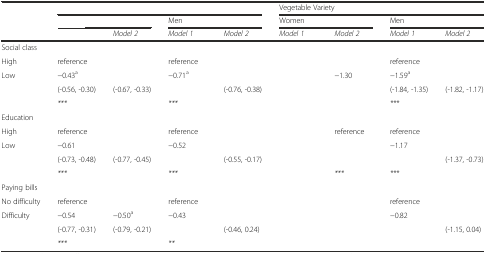
<table><thead><tr><td>[EMPTY_CELL]</td><td colspan="4">[EMPTY_CELL]</td><td colspan="4"><b>Vegetable Variety</b></td></tr><tr><td>[EMPTY_CELL]</td><td colspan="2">[EMPTY_CELL]</td><td colspan="2"><b>Men</b></td><td colspan="2"><b>Women</b></td><td colspan="2"><b>Men</b></td></tr><tr><td>[EMPTY_CELL]</td><td>[EMPTY_CELL]</td><td><b><i>Model 2</i></b></td><td><b><i>Model 1</i></b></td><td><b><i>Model 2</i></b></td><td><b><i>Model 1</i></b></td><td><b><i>Model 2</i></b></td><td><b><i>Model 1</i></b></td><td><b><i>Model 2</i></b></td></tr></thead><tbody><tr><td colspan="9">Social class</td></tr><tr><td>High</td><td>reference</td><td>[EMPTY_CELL]</td><td>reference</td><td>[EMPTY_CELL]</td><td>[EMPTY_CELL]</td><td>[EMPTY_CELL]</td><td>reference</td><td>[EMPTY_CELL]</td></tr><tr><td rowspan="2">Low</td><td>−0.43<sup>a</sup></td><td>[EMPTY_CELL]</td><td>−0.71<sup>a</sup></td><td>[EMPTY_CELL]</td><td>[EMPTY_CELL]</td><td>−1.30</td><td>−1.59<sup>a</sup></td><td>[EMPTY_CELL]</td></tr><tr><td>(-0.56, -0.30)</td><td>(-0.67, -0.33)</td><td>[EMPTY_CELL]</td><td>(-0.76, -0.38)</td><td>[EMPTY_CELL]</td><td>[EMPTY_CELL]</td><td>(-1.84, -1.35)</td><td>(-1.82, -1.17)</td></tr><tr><td>[EMPTY_CELL]</td><td><i>***</i></td><td>[EMPTY_CELL]</td><td><i>***</i></td><td>[EMPTY_CELL]</td><td>[EMPTY_CELL]</td><td>[EMPTY_CELL]</td><td><i>***</i></td><td>[EMPTY_CELL]</td></tr><tr><td colspan="9">Education</td></tr><tr><td>High</td><td>reference</td><td>[EMPTY_CELL]</td><td>reference</td><td>[EMPTY_CELL]</td><td>[EMPTY_CELL]</td><td>reference</td><td>reference</td><td>[EMPTY_CELL]</td></tr><tr><td rowspan="2">Low</td><td>−0.61</td><td>[EMPTY_CELL]</td><td>−0.52</td><td>[EMPTY_CELL]</td><td>[EMPTY_CELL]</td><td>[EMPTY_CELL]</td><td>−1.17</td><td>[EMPTY_CELL]</td></tr><tr><td>(-0.73, -0.48)</td><td>(-0.77, -0.45)</td><td>[EMPTY_CELL]</td><td>(-0.55, -0.17)</td><td>[EMPTY_CELL]</td><td>[EMPTY_CELL]</td><td>[EMPTY_CELL]</td><td>(-1.37, -0.73)</td></tr><tr><td>[EMPTY_CELL]</td><td><i>***</i></td><td>[EMPTY_CELL]</td><td><i>***</i></td><td>[EMPTY_CELL]</td><td>[EMPTY_CELL]</td><td><i>***</i></td><td><i>***</i></td><td>[EMPTY_CELL]</td></tr><tr><td colspan="9">Paying bills</td></tr><tr><td>No difficulty</td><td>reference</td><td>[EMPTY_CELL]</td><td>reference</td><td>[EMPTY_CELL]</td><td>[EMPTY_CELL]</td><td>[EMPTY_CELL]</td><td>reference</td><td>[EMPTY_CELL]</td></tr><tr><td rowspan="2">Difficulty</td><td>−0.54</td><td>−0.50<sup>a</sup></td><td>−0.43</td><td>[EMPTY_CELL]</td><td>[EMPTY_CELL]</td><td>[EMPTY_CELL]</td><td>−0.82</td><td>[EMPTY_CELL]</td></tr><tr><td>(-0.77, -0.31)</td><td>(-0.79, -0.21)</td><td>[EMPTY_CELL]</td><td>(-0.46, 0.24)</td><td>[EMPTY_CELL]</td><td>[EMPTY_CELL]</td><td>[EMPTY_CELL]</td><td>(-1.15, 0.04)</td></tr><tr><td>[EMPTY_CELL]</td><td><i>***</i></td><td>[EMPTY_CELL]</td><td><i>**</i></td><td>[EMPTY_CELL]</td><td colspan="2">[EMPTY_CELL]</td><td>[EMPTY_CELL]</td><td>[EMPTY_CELL]</td></tr></tbody></table>